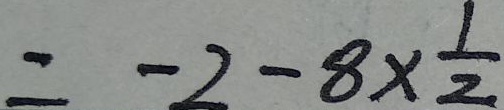
= - 2 - 8 \times \frac { 1 } { 2 }